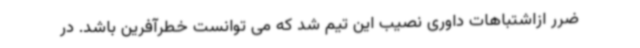
ضرر ازاشتباهات داوری نصیب این تیم شد که می توانست خطرآفرین باشد. در